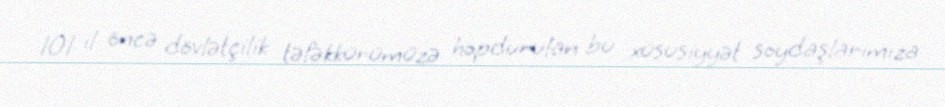
101 il öncə dövlətçilik təfəkkürümüzə hopdurulan bu xüsusiyyət soydaşlarımıza